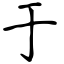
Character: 于